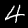
Label: 4